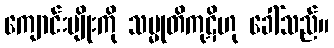
ကျောင်းမျိုးကို သမ္မုတိကုဋိဟု ခေါ်သည်။